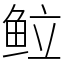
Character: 䲞